Lunatic asylums in Bengal annual reports 1899-1911 - 1899-1911
Year: 1899
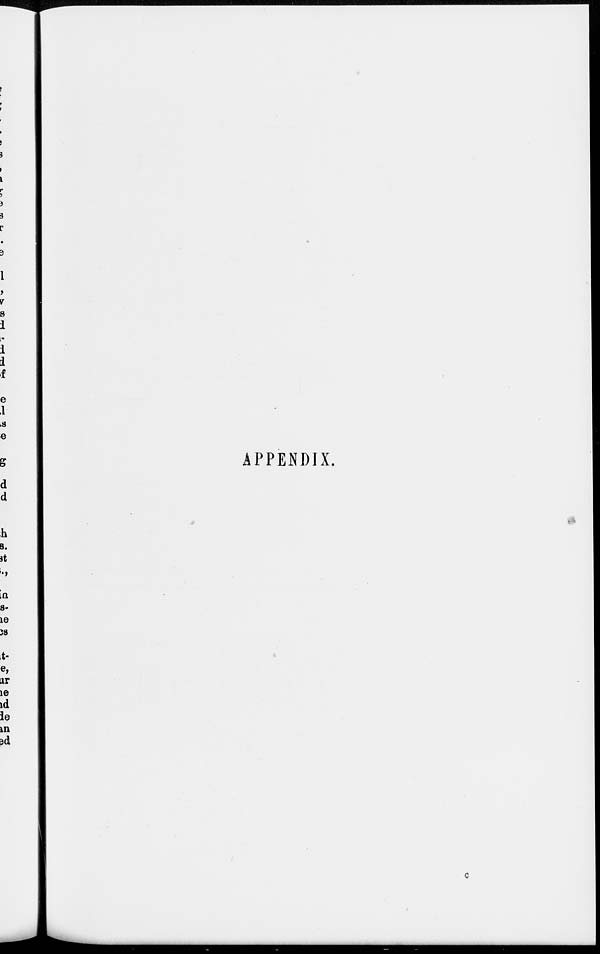
APPENDIX.
c